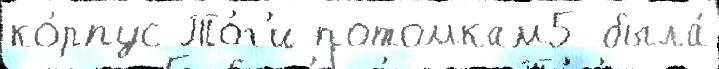
ко́рпус То́г'и потомкам5 была́